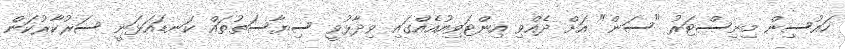
ހައުސިން މިނިސްޓަރު "ސަން" އަށް ދެއްވި އިންޓަވިއުއެއްގައި ވިދާޅުވީ ސިޔާސަތުތައް ކަނޑައަޅަނީ ސަރުކާރުކަން